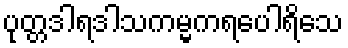
ပုတ္တဒါရဒါသကမ္မကရပေါရိသေ